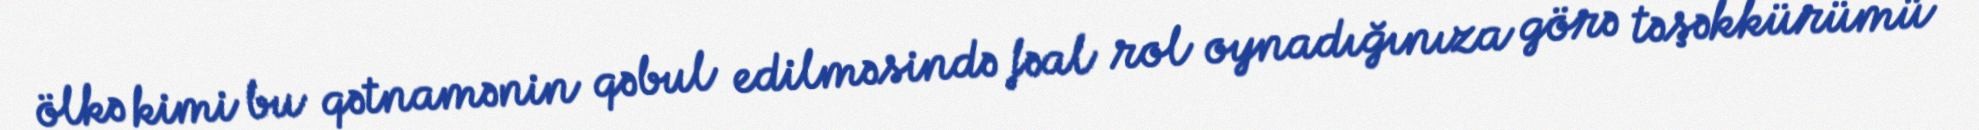
ölkə kimi bu qətnamənin qəbul edilməsində fəal rol oynadığınıza görə təşəkkürümü